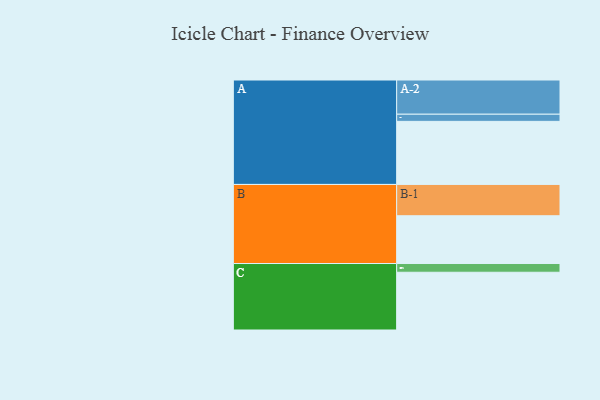
{"axis": {"x": "Segment", "y": "Value"}, "legend": ["", "A", "B", "C"], "data": [{"x": "A", "y": 520, "type": ""}, {"x": "B", "y": 394, "type": ""}, {"x": "C", "y": 476, "type": ""}, {"x": "A-1", "y": 59, "type": "A"}, {"x": "A-2", "y": 282, "type": "A"}, {"x": "B-1", "y": 258, "type": "B"}, {"x": "C-1", "y": 72, "type": "C"}]}